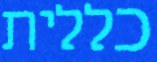
כללית